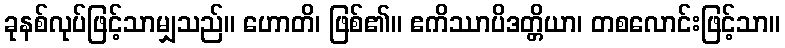
ခုနစ်လုပ်ဖြင့်သာမျှသည်။ ဟောတိ၊ ဖြစ်၏။ ဧကိဿာပိဒတ္တိယာ၊ တစလောင်းဖြင့်သာ။